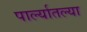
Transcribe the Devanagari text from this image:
पार्ल्यातल्या